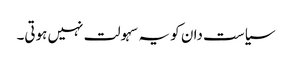
سیاست دان کو یہ سہولت نہیں ہوتی۔